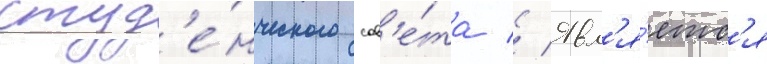
студ'е́нческого сов'е́та // Явл'я́етс'я